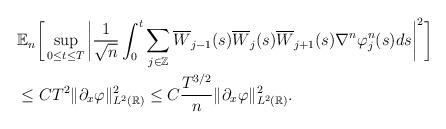
LaTeX: \begin{align*}\begin{aligned}& \mathbb{E}_n \bigg[ \sup_{0 \le t \le T} \bigg| \frac{1}{\sqrt{n}} \int_0^t \sum_{j \in \mathbb{Z} }\overline{W}_{j-1}(s) \overline{W}_{j}(s) \overline{W}_{j+1}(s) \nabla^n \varphi^n_j (s) ds \bigg|^2 \bigg] \\& \le C T^2 \| \partial_x \varphi \|^2_{L^2(\mathbb{R})} \le C \frac{T^{3/2}}{n} \| \partial_x \varphi \|^2_{L^2(\mathbb{R})} .\end{aligned}\end{align*}